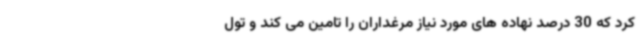
کرد که 30 درصد نهاده های مورد نیاز مرغداران را تامین می کند و تول